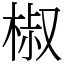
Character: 椒